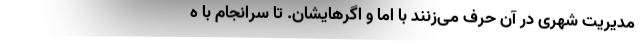
مدیریت شهری در آن حرف می‌زنند با اما و اگرهایشان. تا سرانجام با ه